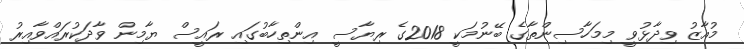
މުއާޒު ވިދާޅުވީ މިމަހާސިންތާގެ ބޭނުމަކީ 2018ގެ ރިޔާސީ އިންތިހާބުގައި ރައީސް ޔާމިން ވާދަކުރައްވާއިރު